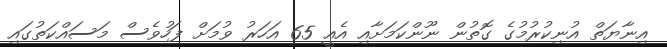
އިނާޔަތް އުނިކުރުމުގެ ގޮތުން ނޫންކަމަށާއި އެއީ 65 އަހަރު ވުމަށް ފަހުވެސް މަސައްކަތުގައި